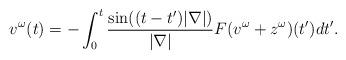
LaTeX: \begin{align*}v^\omega(t)=-\int_0^t \frac{\sin ((t-t')|\nabla|)}{|\nabla|}F(v^\omega+z^\omega)(t')dt'.\end{align*}